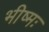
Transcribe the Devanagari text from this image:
भीष्मः